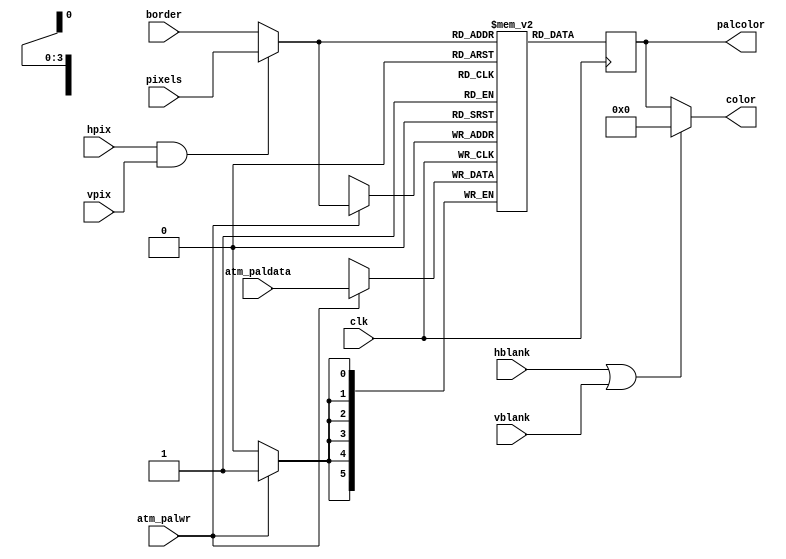
module video_palframe(
	input  wire        clk, 
	input  wire        hpix,
	input  wire        vpix,
	input  wire        hblank,
	input  wire        vblank,
	input  wire [ 3:0] pixels,
	input  wire [ 3:0] border,
	input  wire        atm_palwr,
	input  wire [ 5:0] atm_paldata,
	output reg  [ 5:0] palcolor, 
	output wire [ 5:0] color
);
	wire [ 3:0] zxcolor;
	reg       win;
	reg [3:0] border_r;
	assign zxcolor = (hpix&vpix) ? pixels : border;
	reg [5:0] palette [0:15]; 
	always @(posedge clk)
	begin
		if( atm_palwr )
			palette[zxcolor] <= atm_paldata;
		palcolor <= palette[zxcolor];
	end
	assign color = (hblank | vblank) ? 6'd0 : palcolor;
endmodule